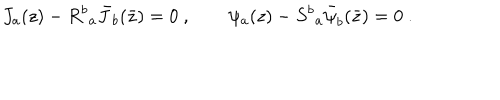
LaTeX: J _ { a } ( z ) - { R ^ { b } } _ { a } { \bar { J } } _ { b } ( \bar { z } ) = 0 ~ , \qquad \psi _ { a } ( z ) - { S ^ { b } } _ { a } { \bar { \psi } } _ { b } ( \bar { z } ) = 0 ~ .